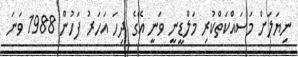
ނިޔަލަށް މަސައްކަތްކުރި މަލްޑީނީ ވަނީ އޭގެ ދިހަ އަހަރު ފަހުން 1988 ވަނަ